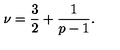
\nu = \frac { 3 } { 2 } + \frac { 1 } { p - 1 } .